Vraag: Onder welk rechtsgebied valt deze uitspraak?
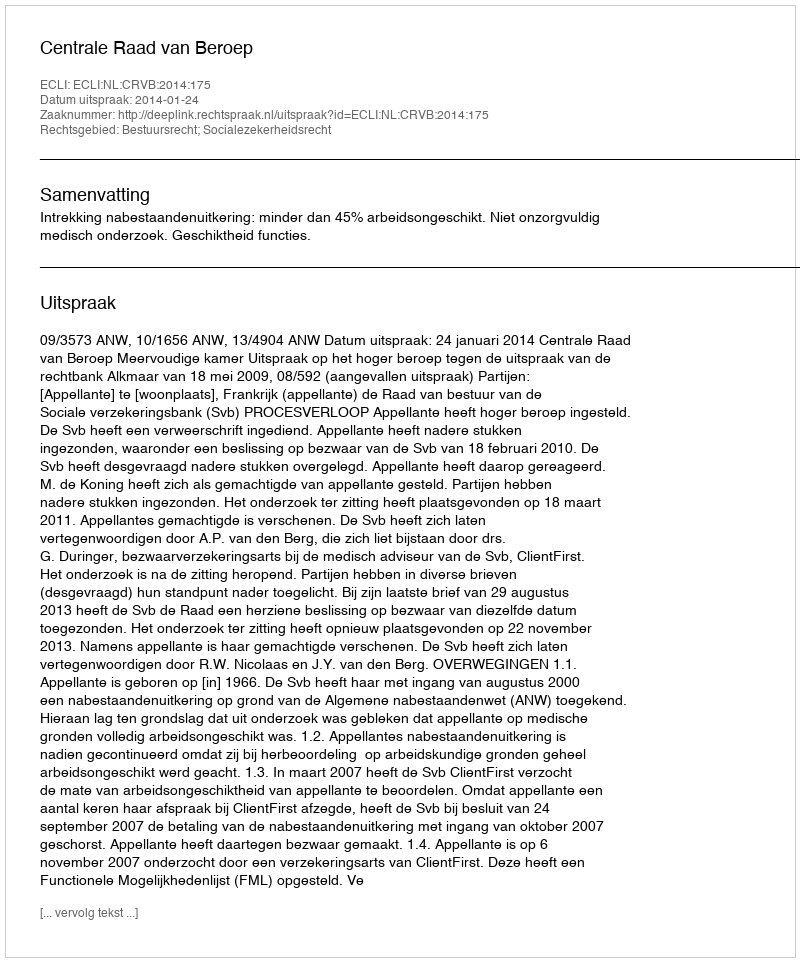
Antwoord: Bestuursrecht; Socialezekerheidsrecht